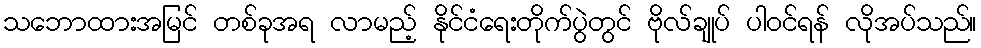
သဘောထားအမြင် တစ်ခုအရ လာမည့် နိုင်ငံရေးတိုက်ပွဲတွင် ဗိုလ်ချုပ် ပါဝင်ရန် လိုအပ်သည်။